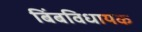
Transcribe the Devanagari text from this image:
बिंबविधायक